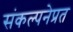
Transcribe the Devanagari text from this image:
संकल्पनेप्रत